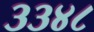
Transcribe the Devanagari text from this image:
३३४८